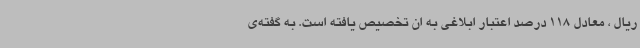
ریال ، معادل 118 درصد اعتبار ابلاغی به ان تخصیص یافته است. به گفته‌ی